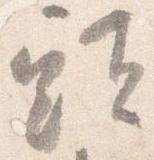
頭